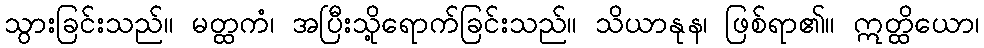
သွားခြင်းသည်။ မတ္ထကံ၊ အပြီးသို့ရောက်ခြင်းသည်။ သိယာနုန၊ ဖြစ်ရာ၏။ ဣတ္ထိယော၊